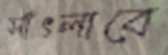
সাঁৎলাবে